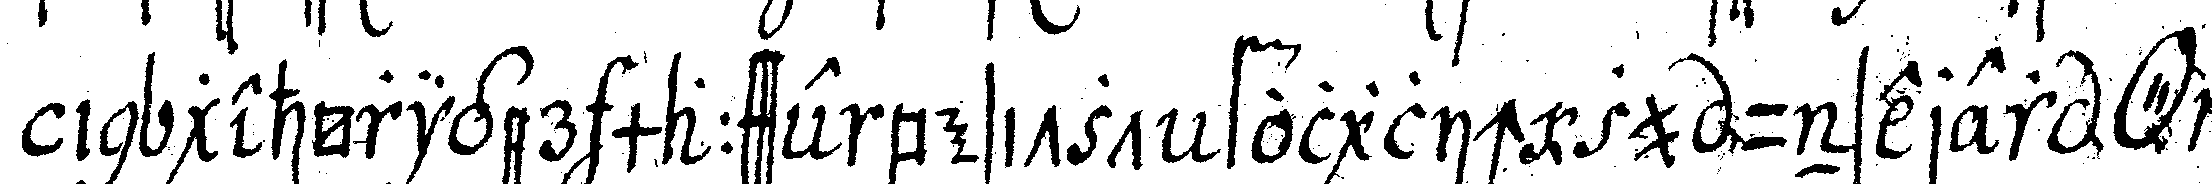
in gehöriger maasse besitzt folglich zu unserer *o*